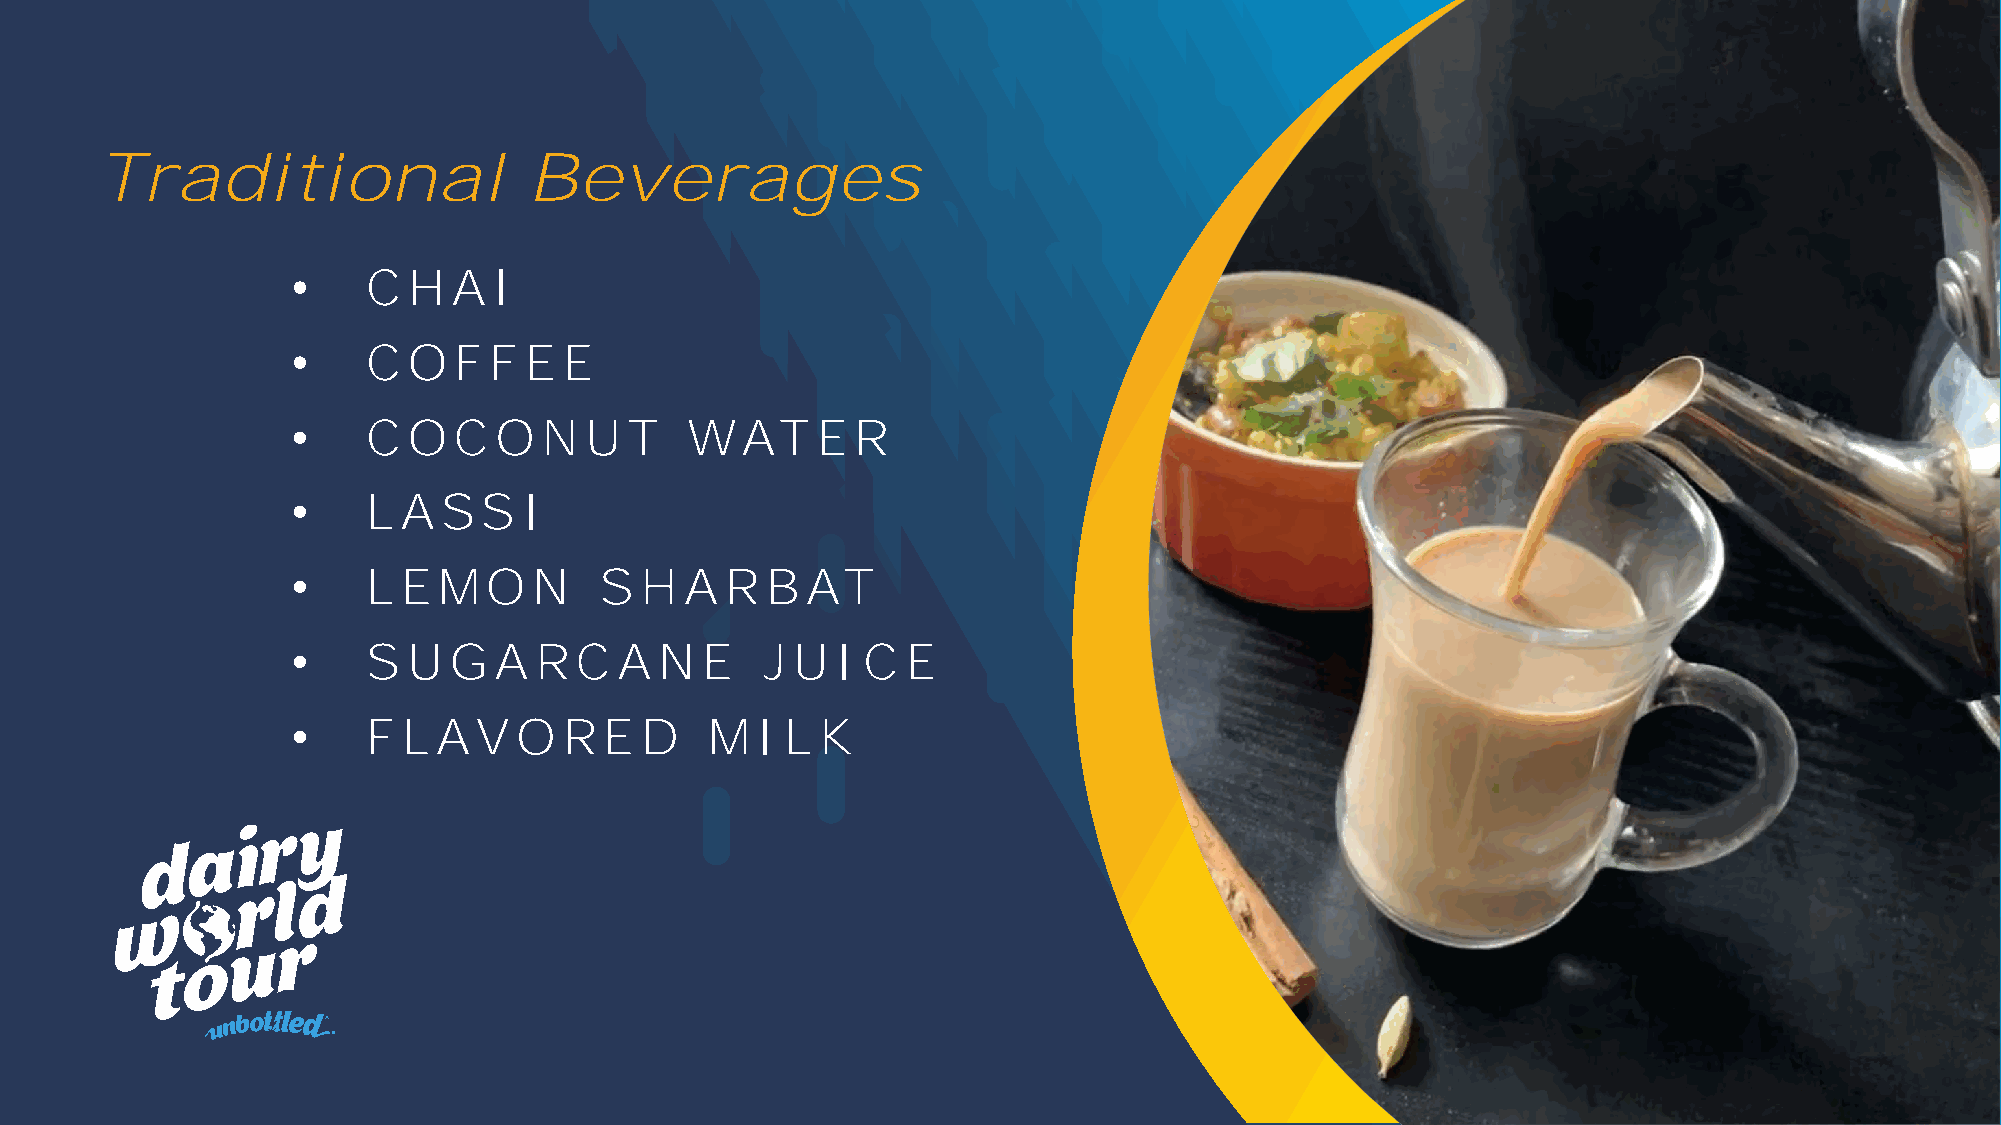
Traditional                  Beverages
 •    C  HA    I
 •    C  O  F F  EE
 •    C  O  C  O  N  UT    WAT      ER
 •    L  A SS    I
 •    L  EMO     N    S HA    RB   AT
 •    S  UGA     RC    A  N E    J UI  C  E
 •    F  L AV   O  RED       MI   L K